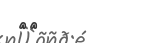
٤١